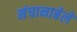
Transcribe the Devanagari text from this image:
मंचानाबेले